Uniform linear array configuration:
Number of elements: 16
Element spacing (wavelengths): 1
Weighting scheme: hamming
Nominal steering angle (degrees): -15
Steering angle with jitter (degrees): -14.439
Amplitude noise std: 0.05
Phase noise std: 0.05

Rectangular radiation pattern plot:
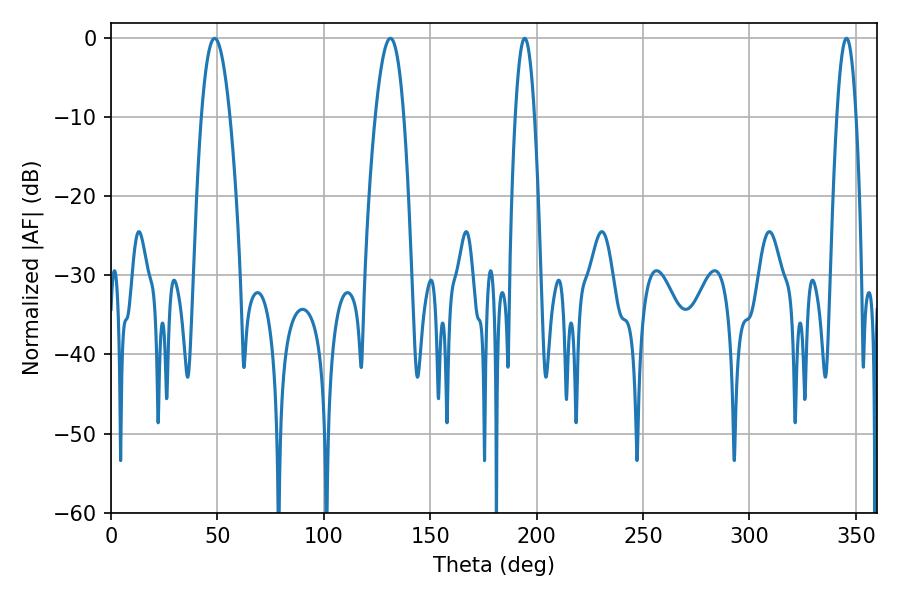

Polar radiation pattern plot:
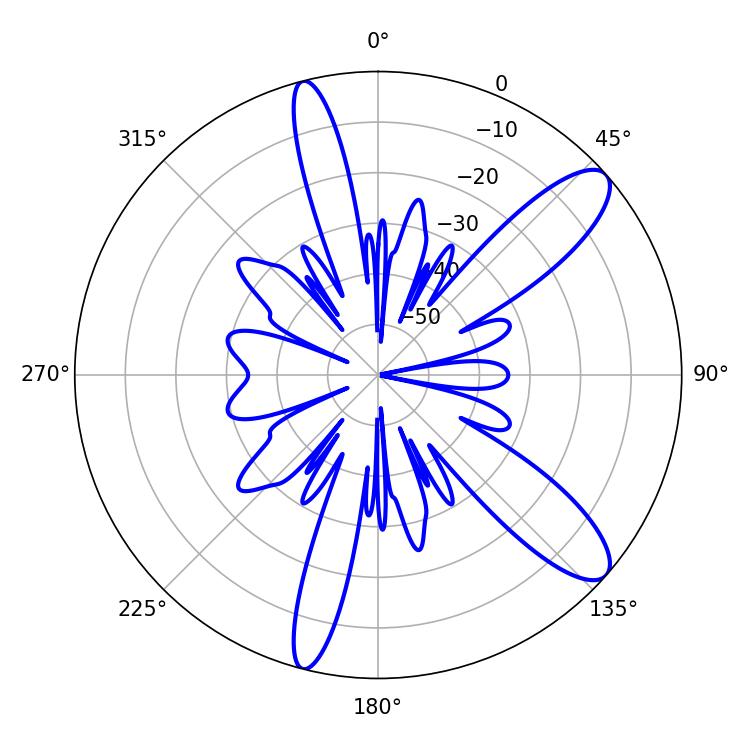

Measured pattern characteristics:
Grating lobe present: TRUE
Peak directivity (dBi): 10.937
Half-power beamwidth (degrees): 5.04
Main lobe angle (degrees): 345.6